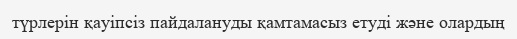
түрлерін қауіпсіз пайдалануды қамтамасыз етуді және олардың